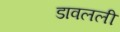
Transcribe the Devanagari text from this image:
डावलली